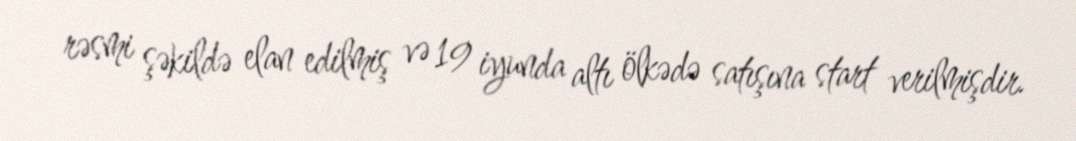
rəsmi şəkildə elan edilmiş və 19 iyunda altı ölkədə satışına start verilmişdir.